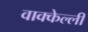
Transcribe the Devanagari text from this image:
वाक्केल्ली